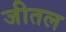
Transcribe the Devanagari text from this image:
जीतल